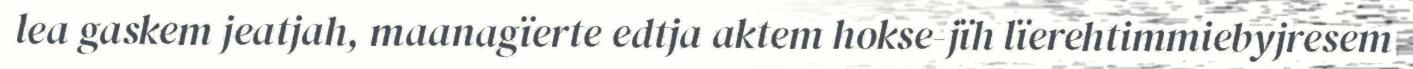
lea gaskem jeatjah, maanagïerte edtja aktem hokse-jïh lïerehtimmiebyjresem